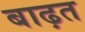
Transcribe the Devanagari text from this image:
बाढ़त